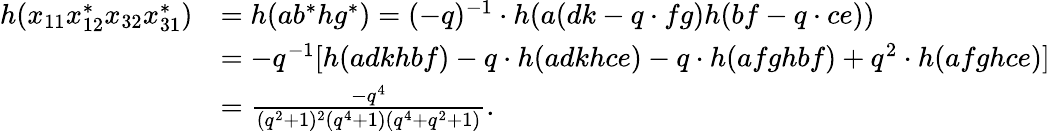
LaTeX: \begin{array}{rl}{h(x_{11}x_{12}^{*}x_{32}x_{31}^{*})}&{=h(ab^{*}hg^{*})=(-q)^{-1}\cdot h(a(dk-q\cdot fg)h(bf-q\cdot ce))}\\ &{=-q^{-1}[h(adkhbf)-q\cdot h(adkhce)-q\cdot h(afghbf)+q^{2}\cdot h(afghce)]}\\ &{=\frac{-q^{4}}{(q^{2}+1)^{2}(q^{4}+1)(q^{4}+q^{2}+1)}.}\end{array}